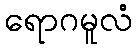
ရောဂမူလံ